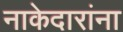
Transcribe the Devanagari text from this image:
नाकेदारांना